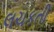
લચકતી